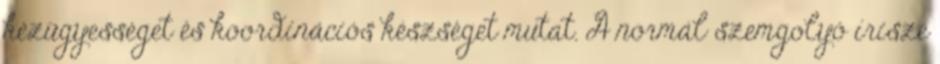
kézügyességet és koordinációs készséget mutat. A normál szemgolyó írisze